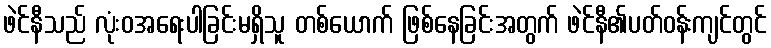
ဖဲင်နီသည် လုံးဝအရေးပါခြင်းမရှိသူ တစ်ယောက် ဖြစ်နေခြင်းအတွက် ဖဲင်နီ၏ပတ်ဝန်းကျင်တွင်